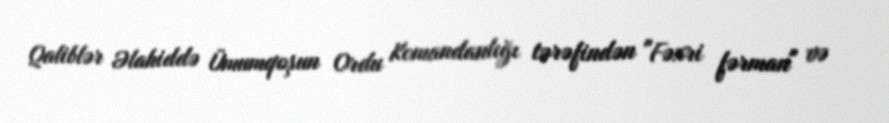
Qaliblər Əlahiddə Ümumqoşun Ordu Komandanlığı tərəfindən "Fəxri fərman" və